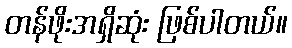
တန်ဖိုးအရှိဆုံး ဖြစ်ပါတယ်။